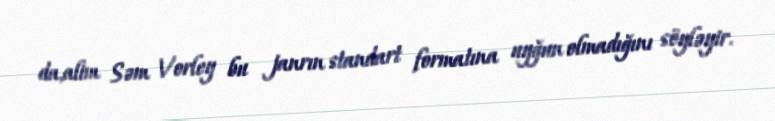
da,alim Səm Vorley bu janrın standart formatına uyğun olmadığını söyləyir.